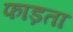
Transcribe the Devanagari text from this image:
फाड़ता